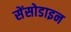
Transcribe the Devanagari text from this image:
सेंसोडाइन